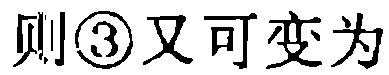
则\textcircled{3}又可变为